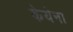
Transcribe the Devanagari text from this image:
केयेना